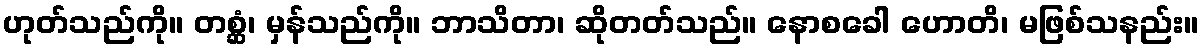
ဟုတ်သည်ကို။ တစ္ဆံ၊ မှန်သည်ကို။ ဘာသိတာ၊ ဆိုတတ်သည်။ နောစခေါ ဟောတိ၊ မဖြစ်သနည်း။